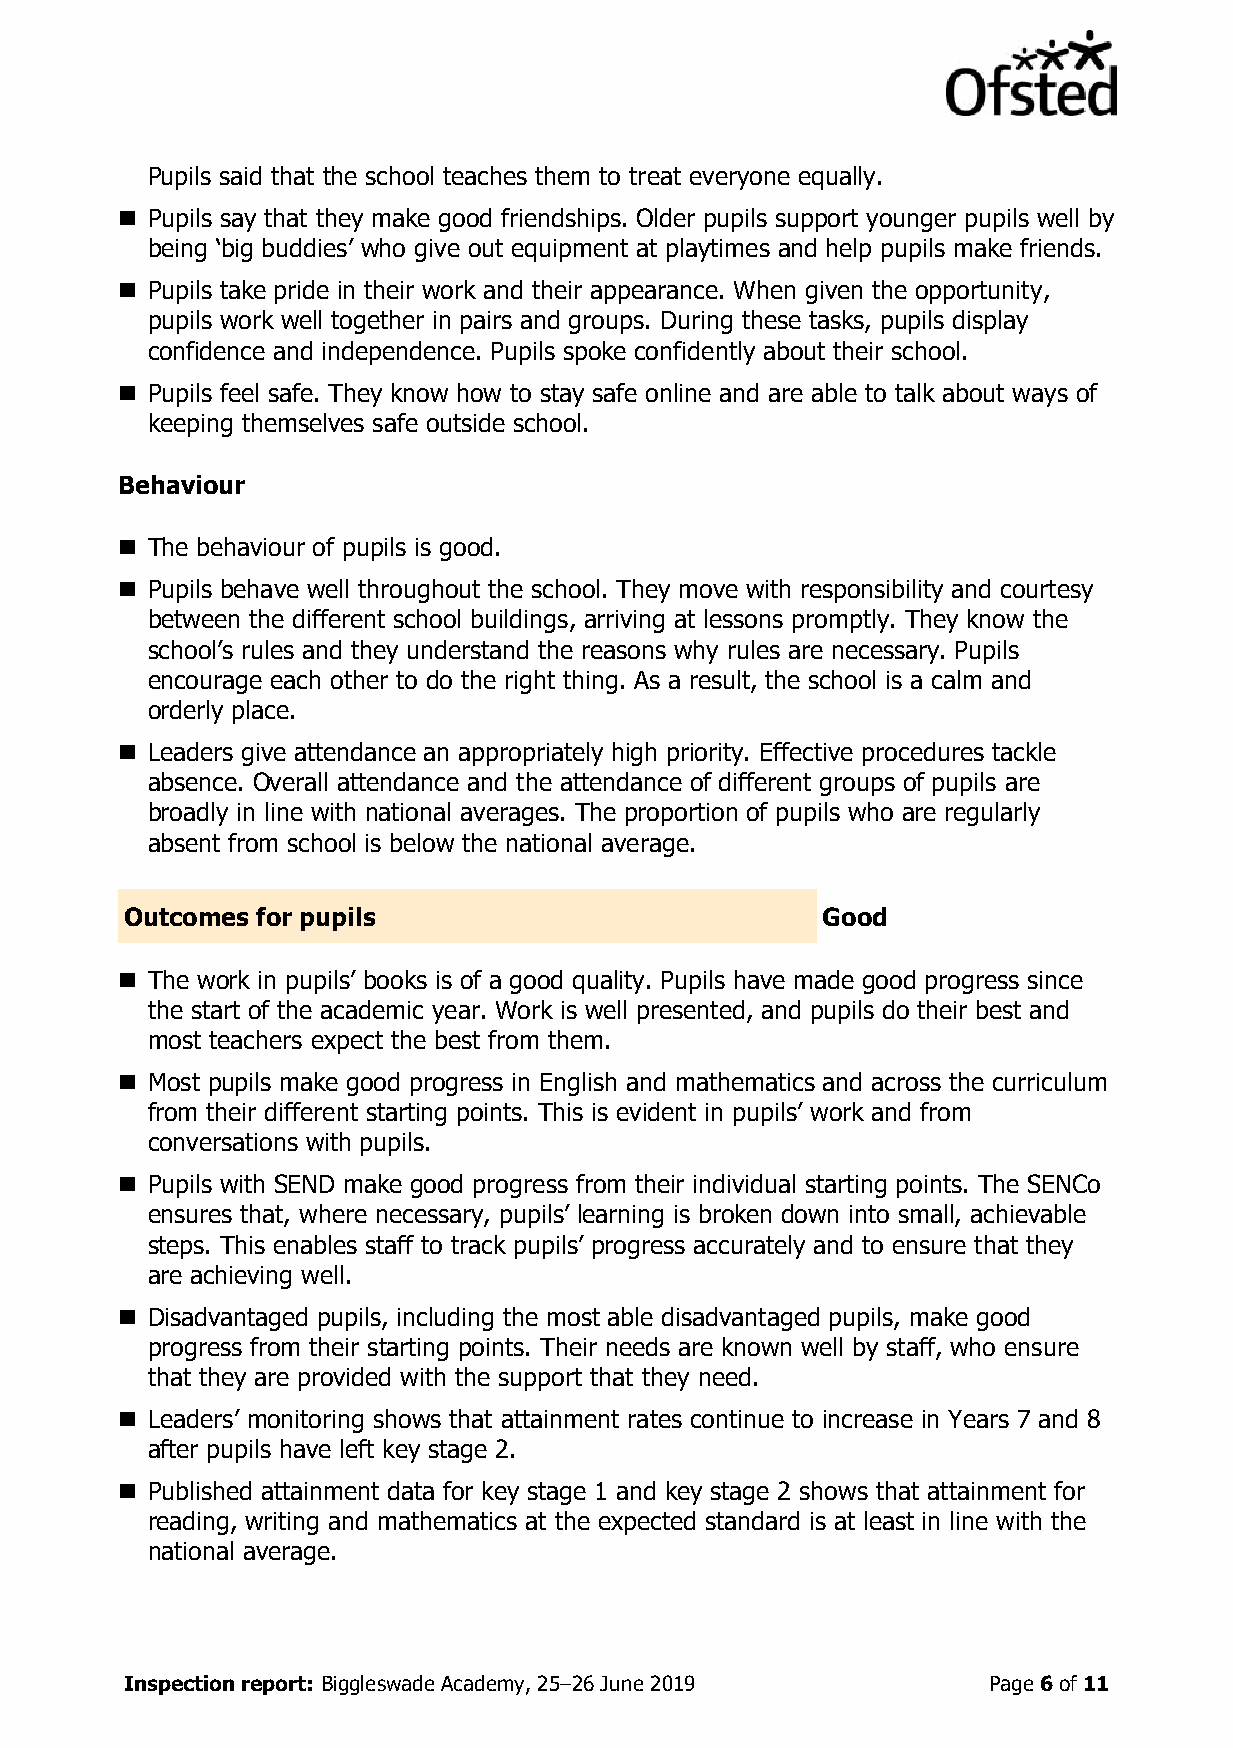
Pupils said that the school teaches them to treat everyone equally.
 ◼ Pupils say that they make good friendships. Older pupils support younger pupils well by
 being ‘big buddies’ who give out equipment at playtimes and help pupils make friends.
 ◼ Pupils take pride in their work and their appearance. When given the opportunity,
 pupils work well together in pairs and groups. During these tasks, pupils display
 confidence and independence. Pupils spoke confidently about their school.
 ◼ Pupils feel safe. They know how to stay safe online and are able to talk about ways of
 keeping themselves safe outside school.
 Behaviour
 ◼ The behaviour of pupils is good.
 ◼ Pupils behave well throughout the school. They move with responsibility and courtesy
 between the different school buildings, arriving at lessons promptly. They know the
 school’s rules and they understand the reasons why rules are necessary. Pupils
 encourage each other to do the right thing. As a result, the school is a calm and
 orderly place.
 ◼ Leaders give attendance an appropriately high priority. Effective procedures tackle
 absence. Overall attendance and the attendance of different groups of pupils are
 broadly in line with national averages. The proportion of pupils who are regularly
 absent from school is below the national average.
 Outcomes for pupils                           Good
 ◼ The work in pupils’ books is of a good quality. Pupils have made good progress since
 the start of the academic year. Work is well presented, and pupils do their best and
 most teachers expect the best from them.
 ◼ Most pupils make good progress in English and mathematics and across the curriculum
 from their different starting points. This is evident in pupils’ work and from
 conversations with pupils.
 ◼ Pupils with SEND make good progress from their individual starting points. The SENCo
 ensures that, where necessary, pupils’ learning is broken down into small, achievable
 steps. This enables staff to track pupils’ progress accurately and to ensure that they
 are achieving well.
 ◼ Disadvantaged pupils, including the most able disadvantaged pupils, make good
 progress from their starting points. Their needs are known well by staff, who ensure
 that they are provided with the support that they need.
 ◼ Leaders’ monitoring shows that attainment rates continue to increase in Years 7 and 8
 after pupils have left key stage 2.
 ◼ Published attainment data for key stage 1 and key stage 2 shows that attainment for
 reading, writing and mathematics at the expected standard is at least in line with the
 national average.
 Inspection report: Biggleswade Academy, 25–26 June 2019  Page 6 of 11